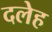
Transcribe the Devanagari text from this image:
दलेह